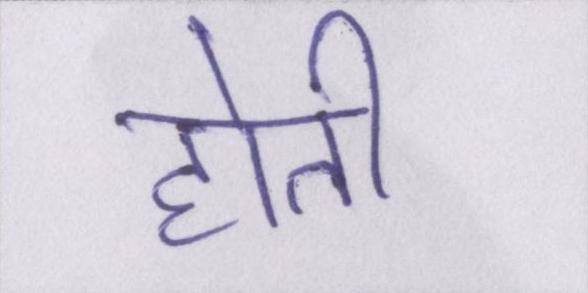
होती